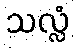
သလ္လံ